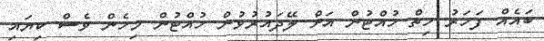
ބައެއް ފަހަރު ހިތް ހުއްޓުން އަށް ލޭދައުރުވުން ހުއްޓުން މިހެން ވެސް ކިޔައި